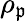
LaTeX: \rho_{\mathfrak{p}}